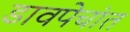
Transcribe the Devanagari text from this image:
डावपेचांत